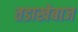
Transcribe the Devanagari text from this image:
तडाखेबाज